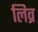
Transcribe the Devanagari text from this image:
लिव्र